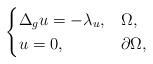
LaTeX: \begin{align*}\begin{cases}\Delta_g u = -\lambda_ u, & \Omega,\\u=0,& \partial \Omega,\end{cases}\end{align*}